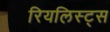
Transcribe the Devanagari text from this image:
रियलिस्ट्स